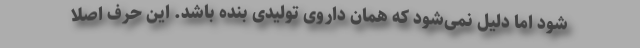
شود اما دلیل نمی‌شود که همان داروی تولیدی بنده باشد. این حرف اصلاً